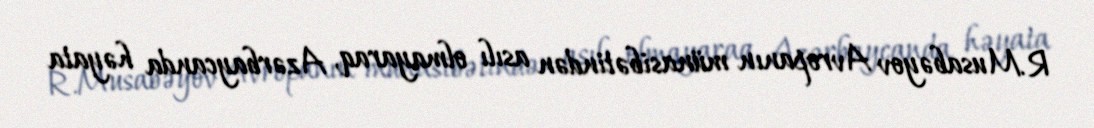
R.Musabəyov Avropanın münasibətindən asılı olmayaraq, Azərbaycanda həyata